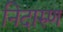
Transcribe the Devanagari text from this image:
निदारुण